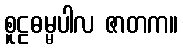
စူဠဓမ္မပါလ ဇာတက။